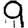
Digit: 9